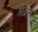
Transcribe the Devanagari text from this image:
शेव्रन